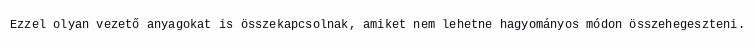
Ezzel olyan vezető anyagokat is összekapcsolnak, amiket nem lehetne hagyományos módon összehegeszteni.